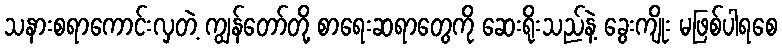
သနားစရာကောင်းလှတဲ့ ကျွန်တော်တို့ စာရေးဆရာတွေကို ဆေးရိုးသည်နဲ့ ခွေးကျိုး မဖြစ်ပါရစေ